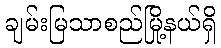
ချမ်းမြသာစည်မြို့နယ်ရှိ